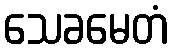
သေခမေတံ